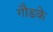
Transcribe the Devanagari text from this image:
गौडके